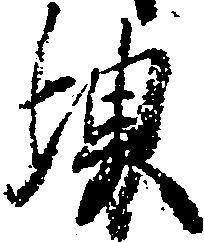
堺